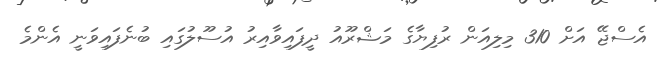
އެސްޖޭ އަށް 310 މިލިއަން ރުފިޔާގެ މަޝްރޫއު ދީފައިވާއިރު އުސޫލުގައި ބުނެފައިވަނީ އެންމެ